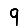
Digit: 9